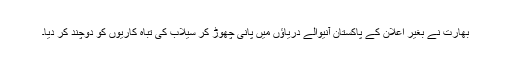
بھارت نے بغیر اعلان کے پاکستان آنیوالے دریاﺅں میں پانی چھوڑ کر سیلاب کی تباہ کاریوں کو دوچند کر دیا۔